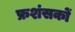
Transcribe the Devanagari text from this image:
फ्रशंसकों